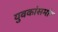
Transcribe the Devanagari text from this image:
युवकांसमोर